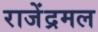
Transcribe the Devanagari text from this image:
राजेंद्रमल